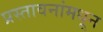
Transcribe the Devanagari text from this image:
प्रस्तावनांमधून